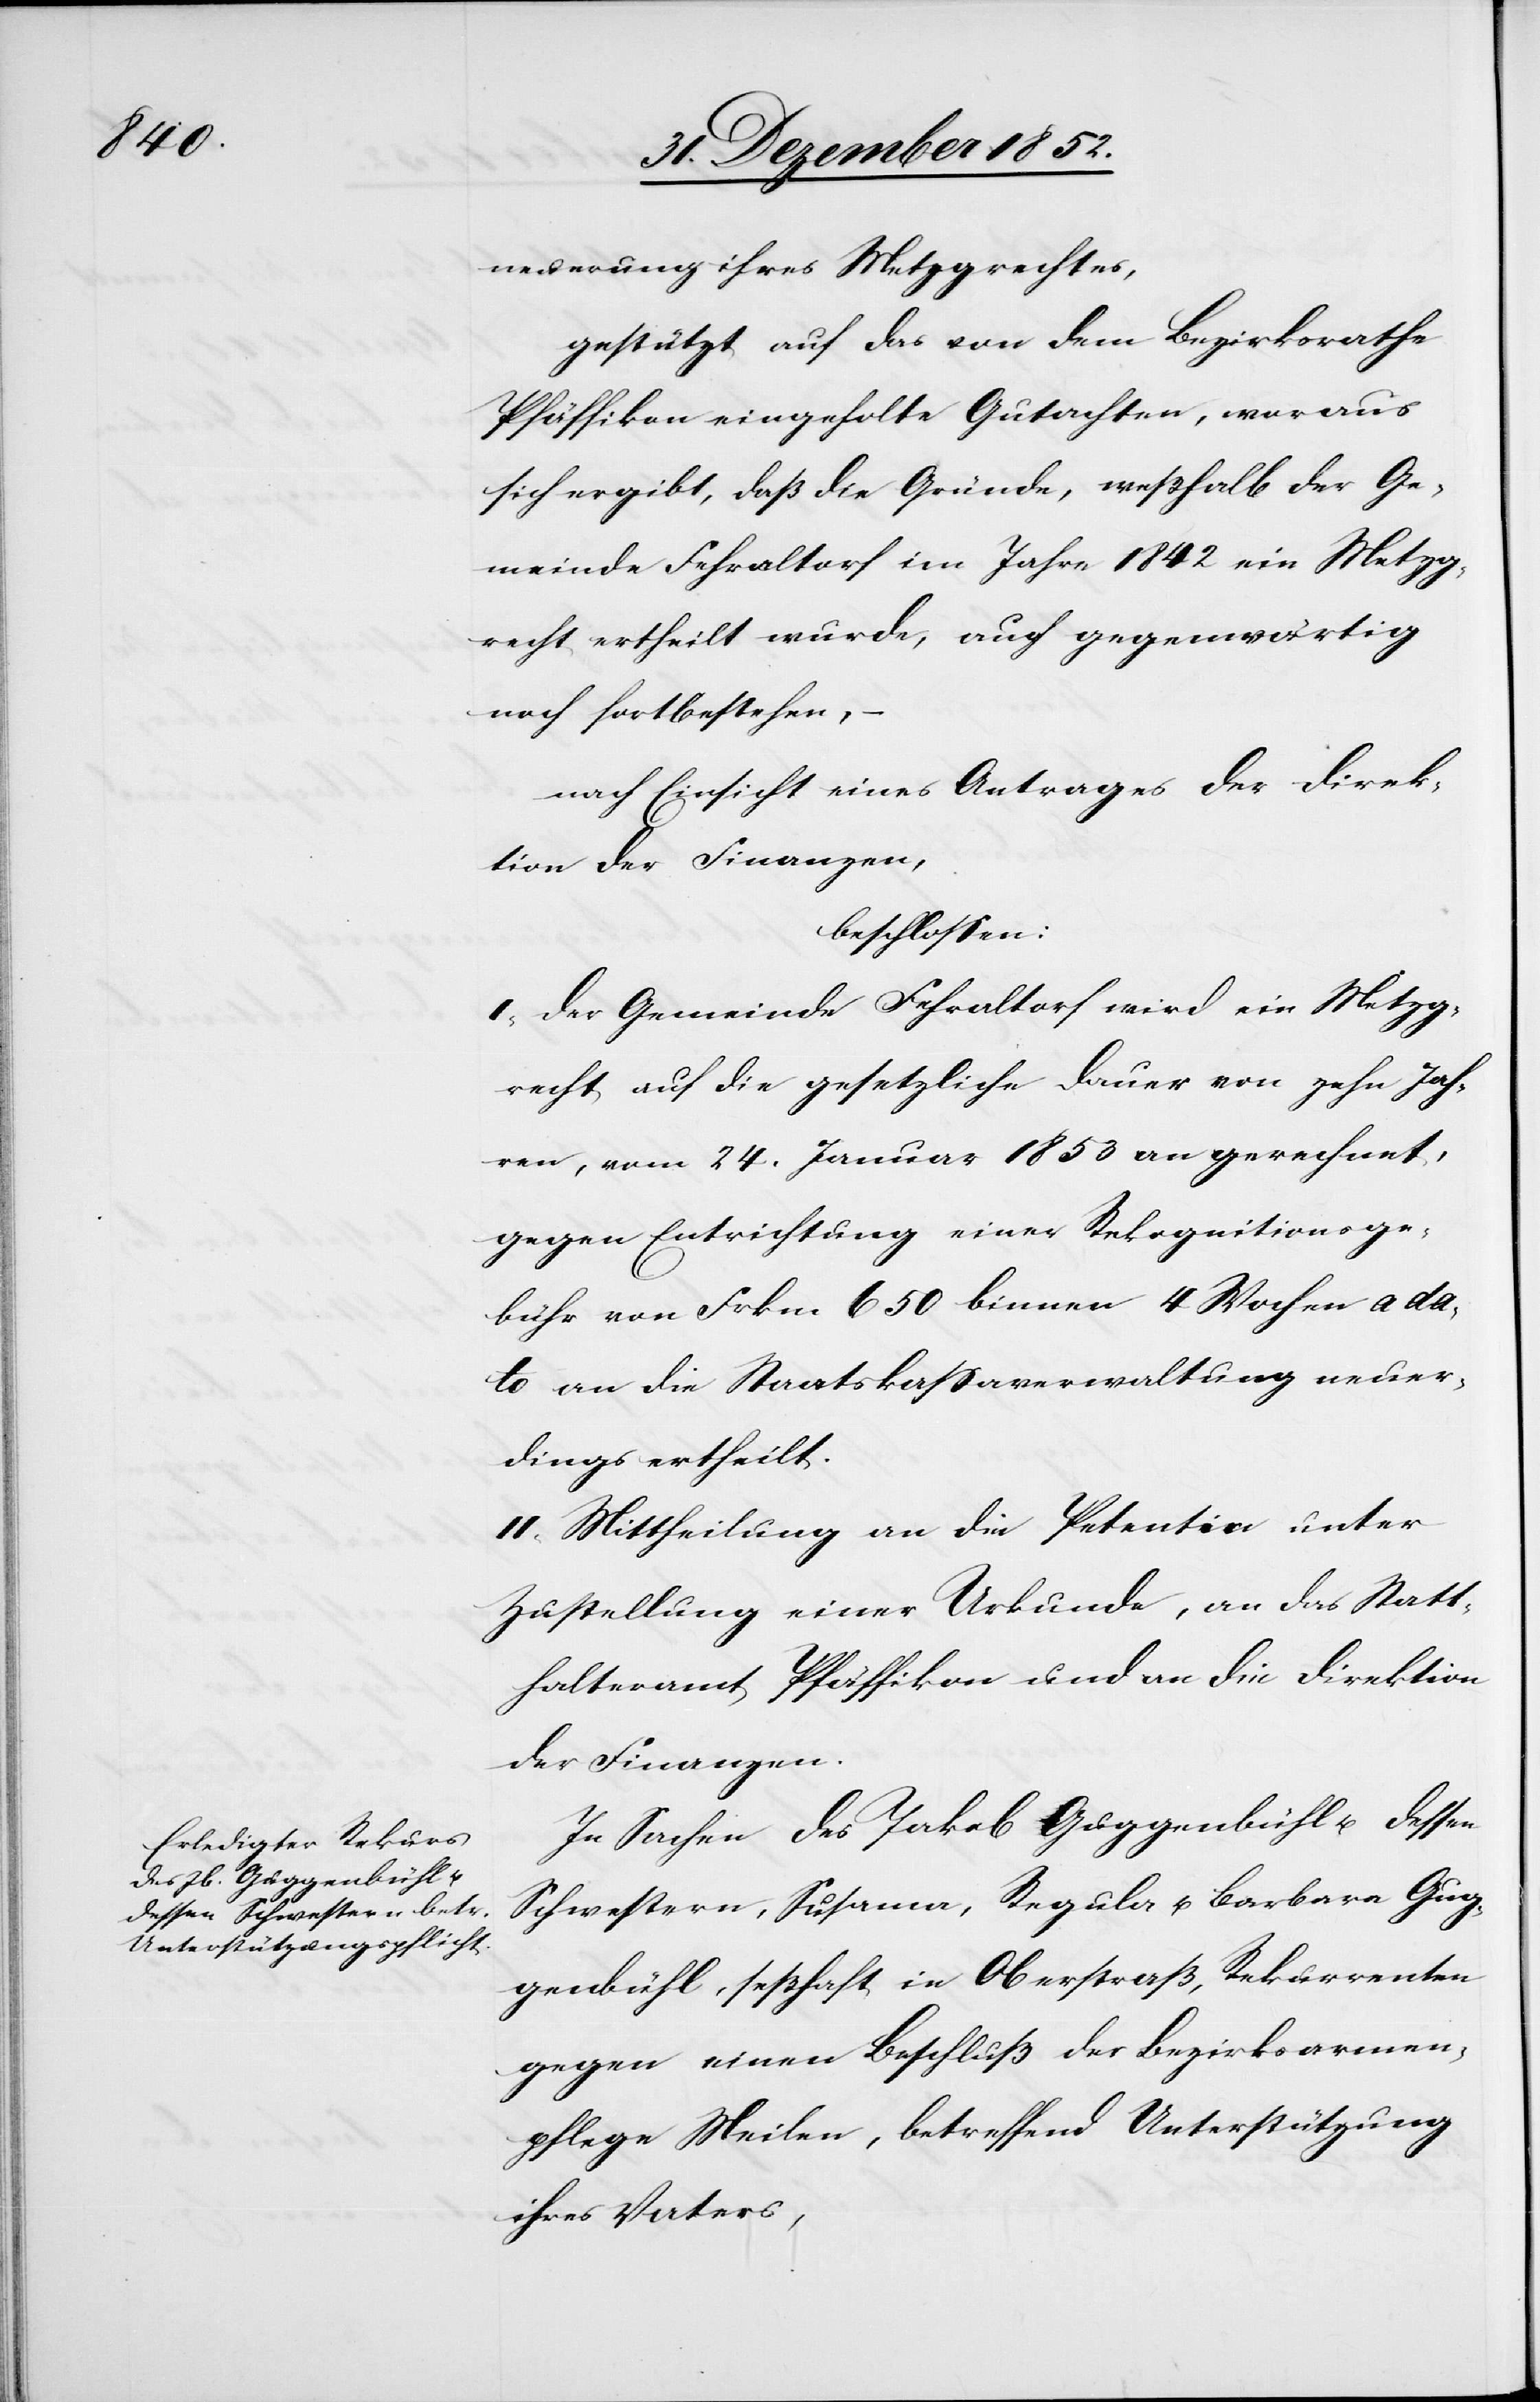
neuerung ihres Metzgrechtes,
gestützt auf das von dem Bezirksrathe
Pfäffikon eingeholte Gutachten, woraus
sich ergibt, daß die Gründe, weßhalb der Ge¬
meinde Fehraltorf im Jahre 1842 ein Metzg¬
recht ertheilt wurde, auch gegenwärtig
noch fortbestehen, –
nach Einsicht eines Antrages der Direk¬
tion der Finanzen,
beschlossen:
I, Der Gemeinde Fehraltorf wird ein Metzg¬
recht auf die gesetzliche Dauer von zehn Jah¬
ren, vom 24. Januar 1853 an gerechnet,
gegen Entrichtung einer Rekognitionsge¬
bühr von Frkn. 650 binnen 4 Wochen a da¬
to an die Staatskassaverwaltung neuer¬
dings ertheilt.
II, Mittheilung an die Petentin unter
Zustellung einer Urkunde, an das Statt¬
halteramt Pfäffikon und an die Direktion
der Finanzen.
In Sachen des Jakob Guggenbühl u. dessen
Schwestern, Susanna, Regula u. Barbara Gug¬
genbühl, seßhaft in Oberstraß, Rekurrenten
gegen einen Beschluß der Bezirksarmen¬
pflege Meilen, betreffend Unterstützung
ihres Vaters,